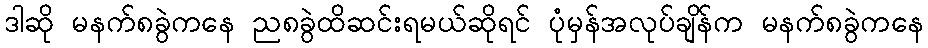
ဒါဆို မနက်၈ခွဲကနေ ည၈ခွဲထိဆင်းရမယ်ဆိုရင် ပုံမှန်အလုပ်ချိန်က မနက်၈ခွဲကနေ